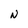
Character: N